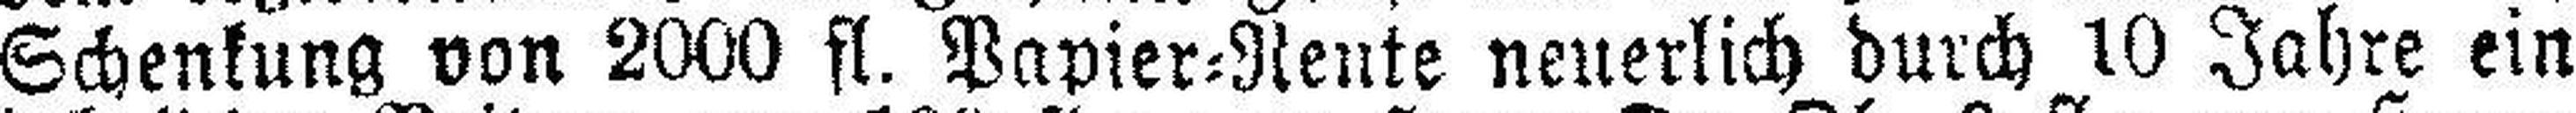
Schenkung von 2000 fl. Papier=Rente neuerlich durch 10 Jahre ein